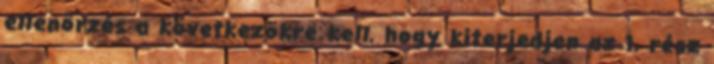
ellenõrzés a következõkre kell, hogy kiterjedjen az 1. rész